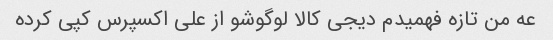
عه من تازه فهمیدم دیجی کالا لوگوشو از علی اکسپرس کپی کرده